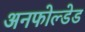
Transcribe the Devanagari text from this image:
अनफोल्डेड